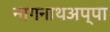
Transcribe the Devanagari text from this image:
नागनाथअप्पा